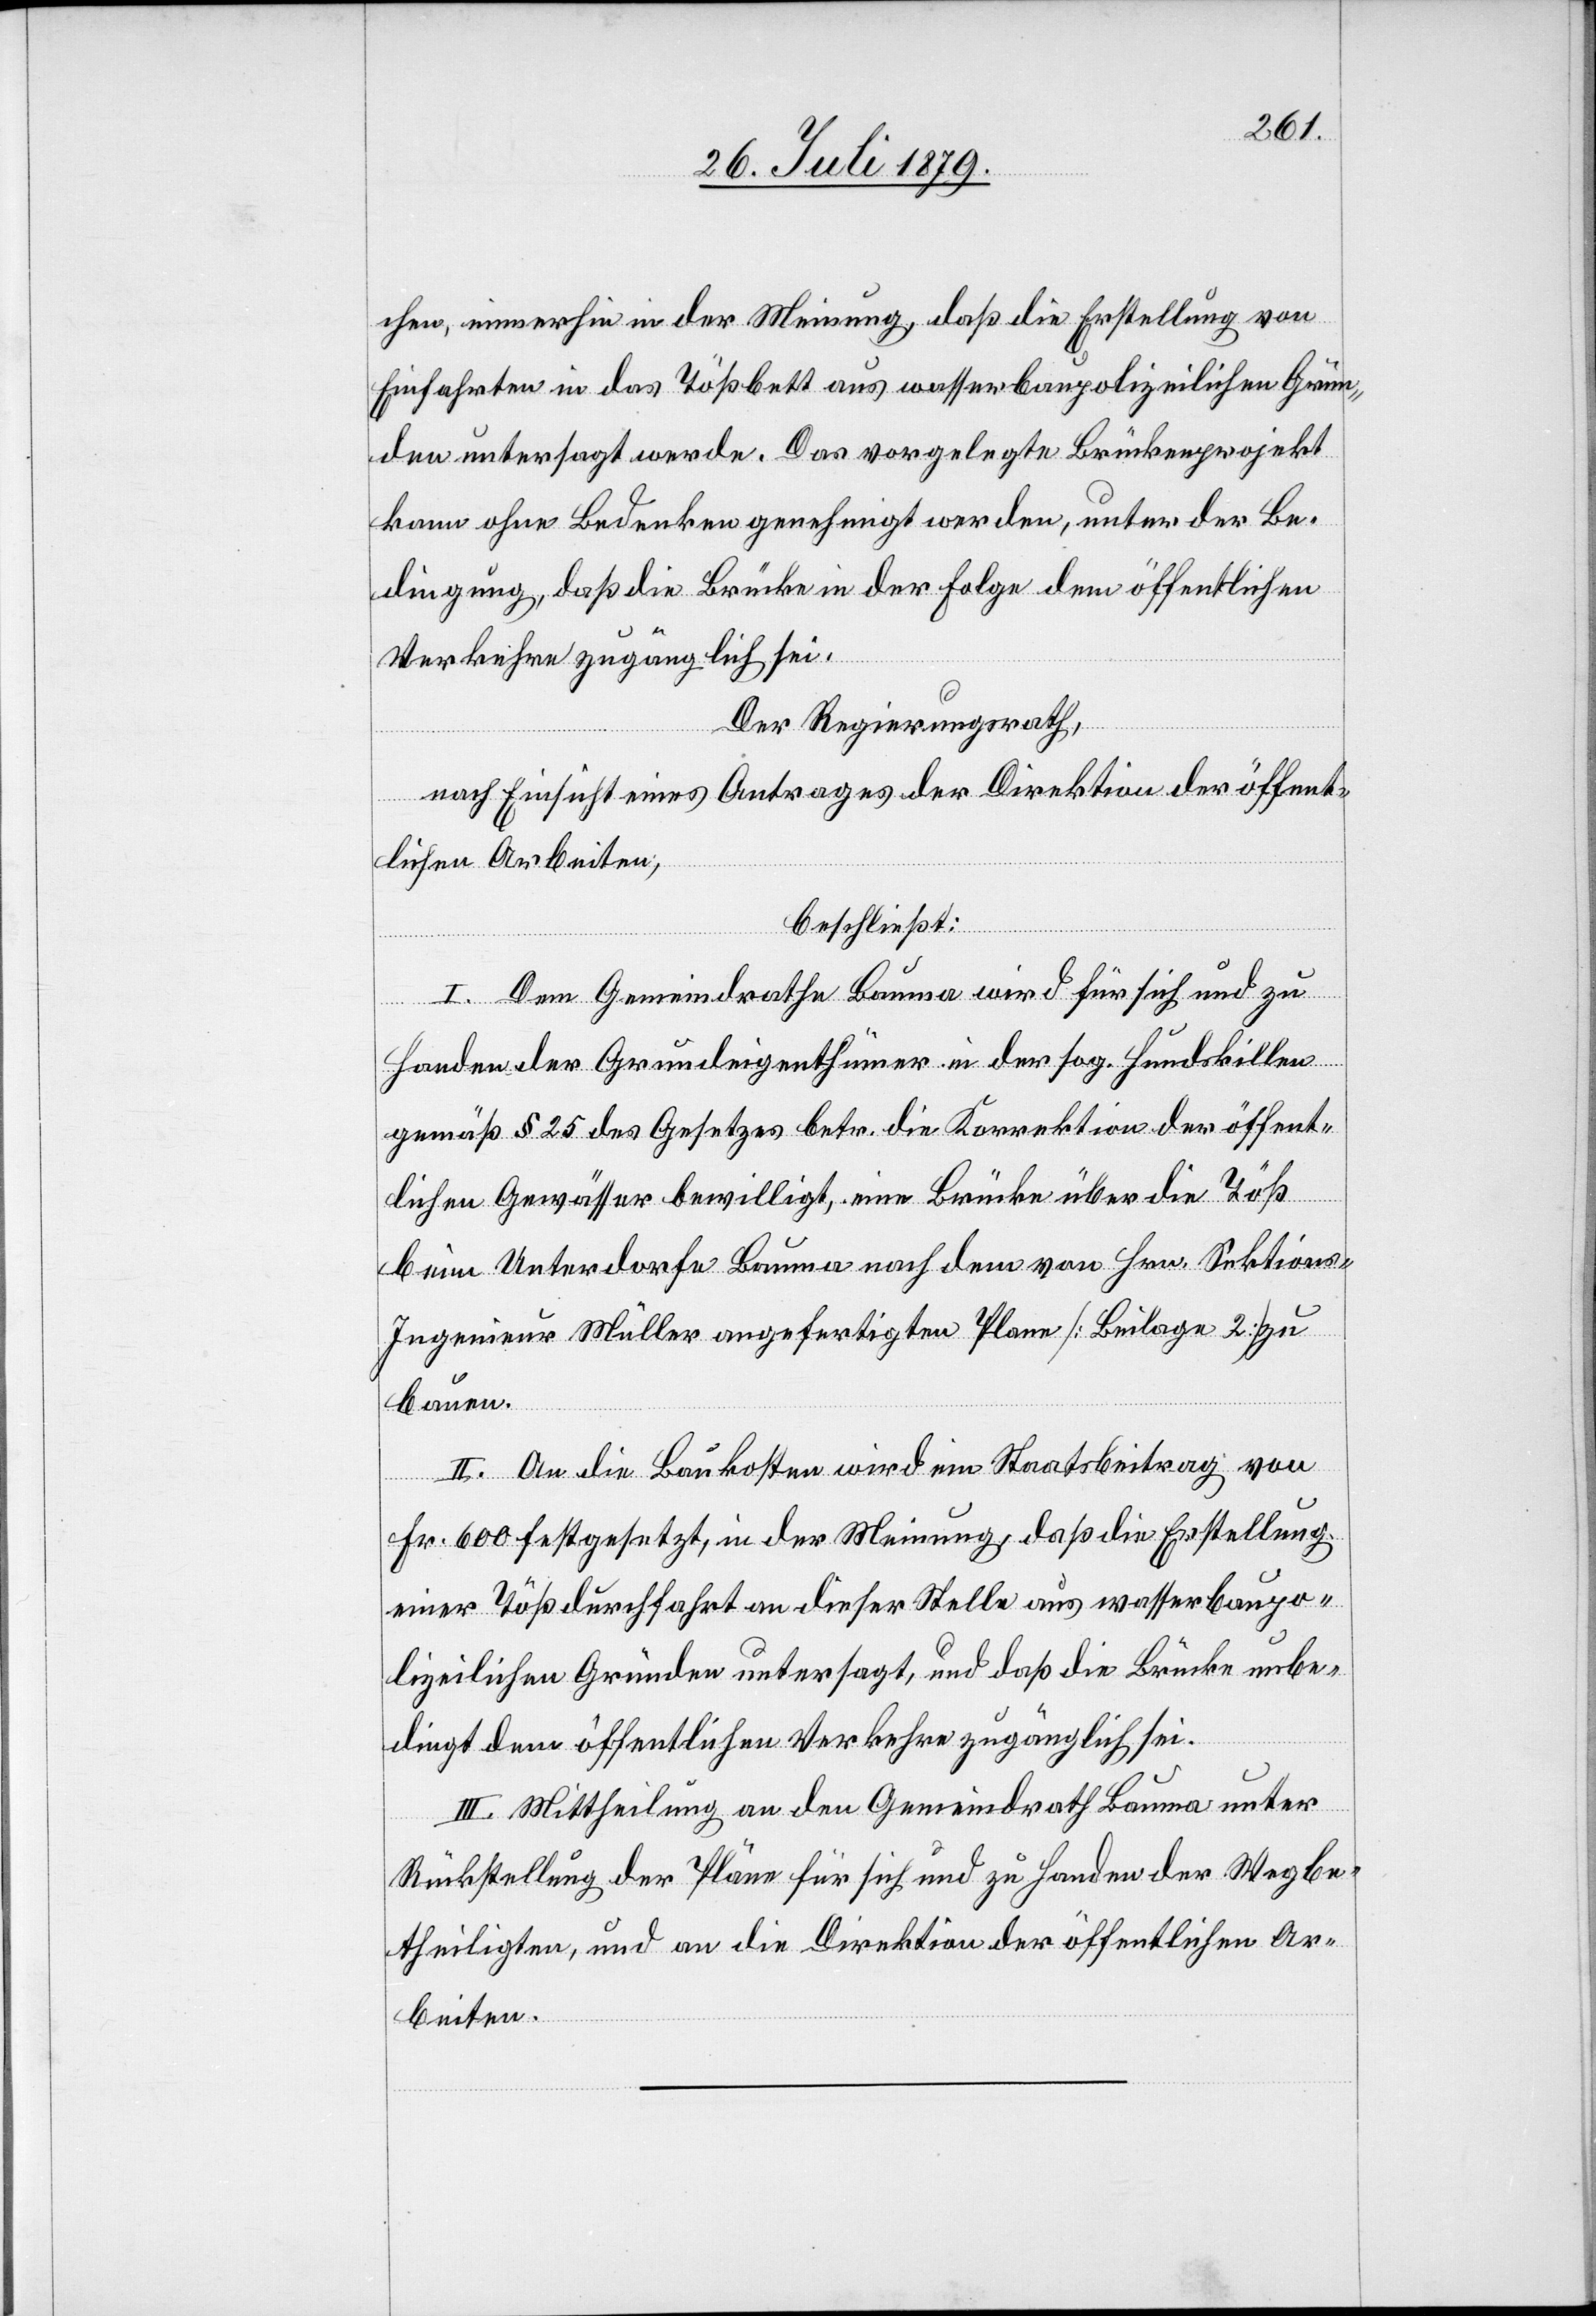
chen, immerhin in der Meinung, daß die Erstellung von
Einfahrten in das Tößbett aus wasserbaupolizeilichen Grün¬
den untersagt werde. Das vorgelegte Brückenprojekt
kann ohne Bedenken genehmigt werden, unter der Be¬
dingung, daß die Brücke in der Folge dem öffentlichen
Verkehre zugänglich sei.
Der Regierungsrath,
nach Einsicht eines Antrages der Direktion der öffent¬
lichen Arbeiten,
beschließt:
I. Dem Gemeindrathe Bauma wird für sich und zu
Handen der Grundeigenthümer in der sog. Hundskillen
gemäß § 25 des Gesetzes betr. die Korrektion der öffent¬
lichen Gewässer bewilligt, eine Brücke über die Töß
beim Unterdorfe Bauma nach dem von Hrn. Sektions-I¬
ngenieur Müller angefertigten Plan [Beilage 2] zu
bauen.
II. An die Baukosten wird ein Staatsbeitrag von
Fr. 600 festgesetzt, in der Meinung, daß die Erstellung
einer Tößdurchfahrt an dieser Stelle aus wasserbaupo¬
lizeilichen Gründen untersagt, und daß die Brücke unbe¬
dingt dem öffentlichen Verkehr zugänglich sei.
III. Mittheilung an den Gemeindrath Bauma unter
Rückstellung der Pläne für sich und zu Handen der Wegbe¬
theiligten, und an die Direktion der öffentlichen Ar¬
beiten.